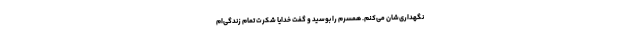
نگهداری‌شان می‌کنم. همسرم را بوسید و گفت خدایا شکرت تمام زندگی‌ام